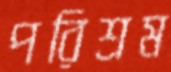
পরিশ্রম